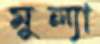
মুল্যা